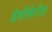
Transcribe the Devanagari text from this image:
डेसीकेटेड